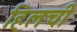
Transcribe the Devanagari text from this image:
हिलची